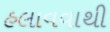
હલાવવાથી